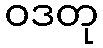
ဝဒတု